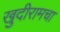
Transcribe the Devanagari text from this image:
खुदीरामचा